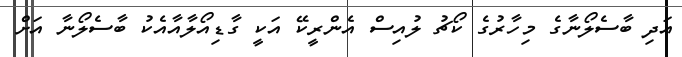
އަދި ބާސެލޯނާގެ މިހާރުގެ ކޯޗު ލުއިސް އެންރީކޭ އަކީ ގާޑިއޯލާއާއެކު ބާސެލޯނާ އަށް